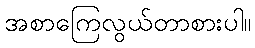
အစာကြေလွယ်တာစားပါ။